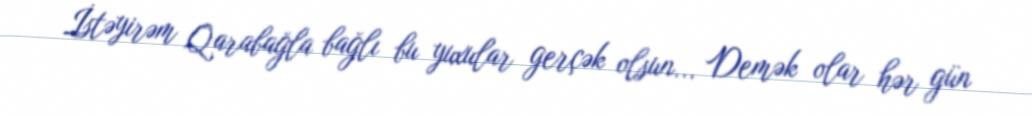
İstəyirəm Qarabağla bağlı bu yuxular gerçək olsun... Demək olar hər gün